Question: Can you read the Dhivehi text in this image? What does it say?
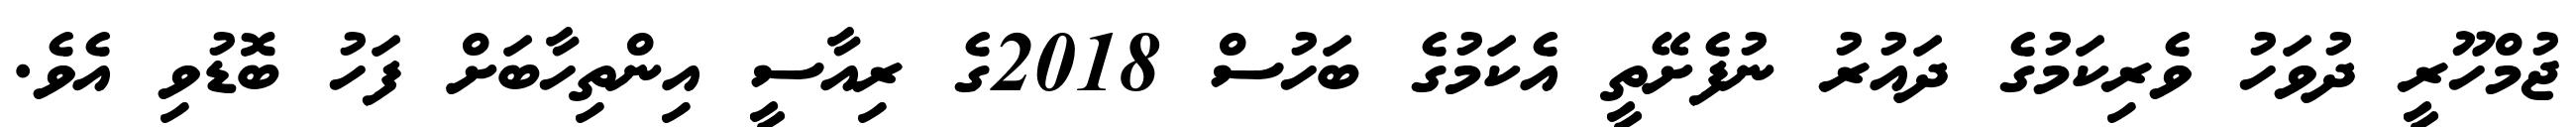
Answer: ޖުމްހޫރީ ދުވަހު ވެރިކަމުގެ ދައުރު ނުފެށޭތީ އެކަމުގެ ބަހުސް 2018ގެ ރިއާސީ އިންތިހާބަށް ފަހު ބޮޑުވި އެވެ.